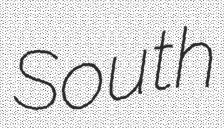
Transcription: South